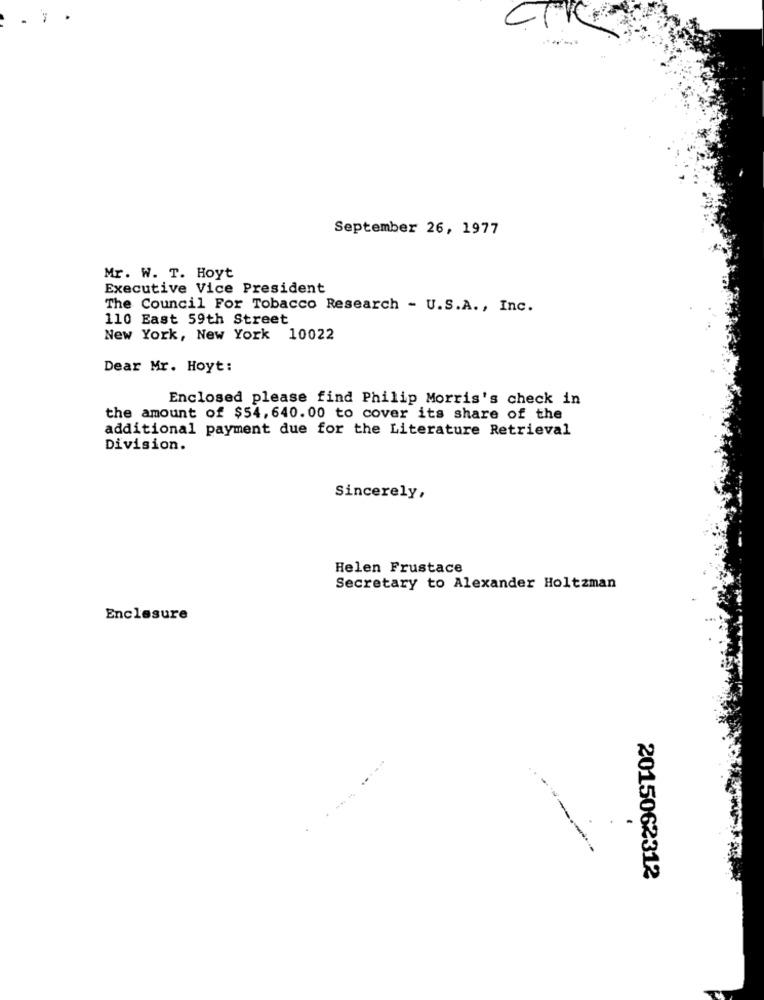
. ;
September 26, 1977
Mr. W. T. Hoyt
Executive Vice President
The Council For Tobacco Research - U.S.A ., Inc.
110 East 59th Street
New York, New York 10022
Dear Mr. Hoyt:
Enclosed please find Philip Morris's check in
the amount of $54, 640. 00 to cover its share of the
additional payment due for the Literature Retrieval
Division.
Sincerely,
Helen Frustace
Secretary to Alexander Holtzman
Enclosure
2015062312